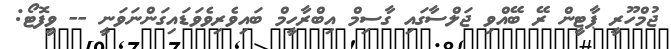
ޖުމްހޫރީ ޕާޓީން ރޭ ބޭއްވި ޖަލްސާގައި ގާސިމް އިބްރާހީމް ބައިވެރިވެވަޑައިގަންނަވަނީ -- ވީފޮޓޯ: